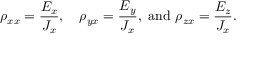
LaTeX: \rho _ { x x } = { \frac { E _ { x } } { J _ { x } } } , \quad \rho _ { y x } = { \frac { E _ { y } } { J _ { x } } } , { \mathrm { ~ a n d ~ } } \rho _ { z x } = { \frac { E _ { z } } { J _ { x } } } .